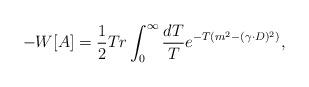
LaTeX: \begin{align*}-W[A]={1\over2}Tr\int_0^\infty\frac{dT}{T}e^{-T(m^2-(\gamma\cdot D)^2)},\end{align*}